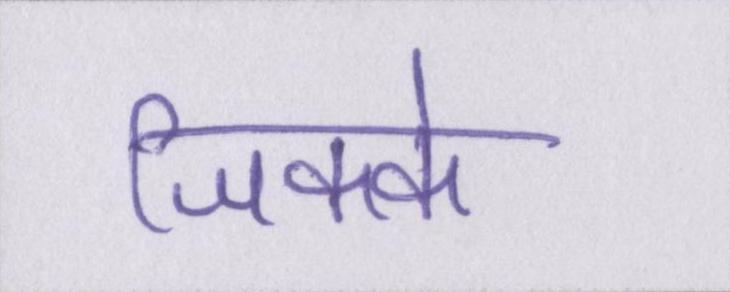
जिक्के